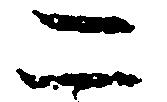
二